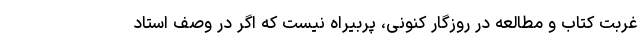
غربتِ کتاب و مطالعه در روزگار کنونی، پُربیراه نیست که اگر در وصف استاد